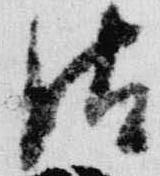
晴